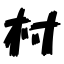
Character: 村